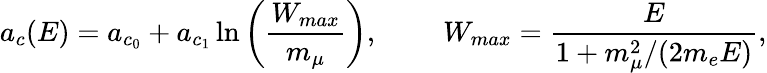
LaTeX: a_{c}(E)=a_{c_{0}}+a_{c_{1}}\ln\left(\frac{W_{max}}{m_{\mu}}\right),~~~~~~~~~W_{max}=\frac{E}{1+{m_{\mu}^{2}}/{(2m_{e}E)}},